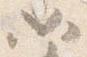
如